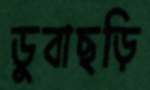
ডুবাছড়ি